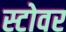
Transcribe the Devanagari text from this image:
स्टोवर